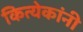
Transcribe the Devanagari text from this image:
कित्येकांनी